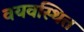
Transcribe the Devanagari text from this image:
वयवस्थित